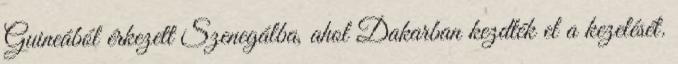
Guineából érkezett Szenegálba, ahol Dakarban kezdték el a kezelését.